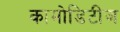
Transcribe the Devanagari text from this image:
कामोडिटीज